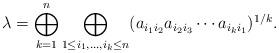
LaTeX: \begin{align*}\lambda=\bigoplus_{k=1}^{n}\bigoplus_{1\leq i_{1},\ldots,i_{k}\leq n}(a_{i_{1}i_{2}}a_{i_{2}i_{3}}\cdots a_{i_{k}i_{1}})^{1/k}.\end{align*}